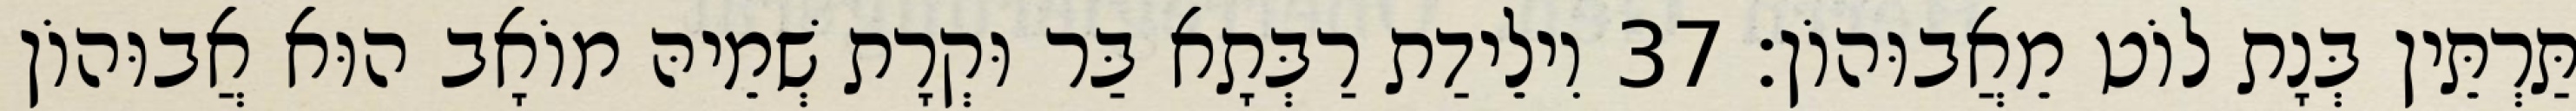
תַּרְתֵּין בְּנָת לוֹט מֵאֲבוּהוֹן׃ 37 וִילֵידַת רַבְּתָא בַּר וּקְרָת שְׁמֵיהּ מוֹאָב הוּא אֲבוּהוֹן